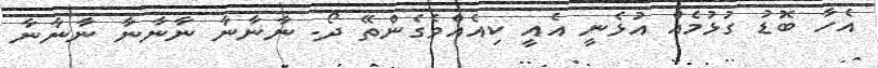
އެހާ ބޮޑު ގުޅުމެއް އުޅެނީ އެއީ ކިއެއްވެގެންތޭ ދޯ. ނާނާނާ ނާނާނާ ނާނާނާ